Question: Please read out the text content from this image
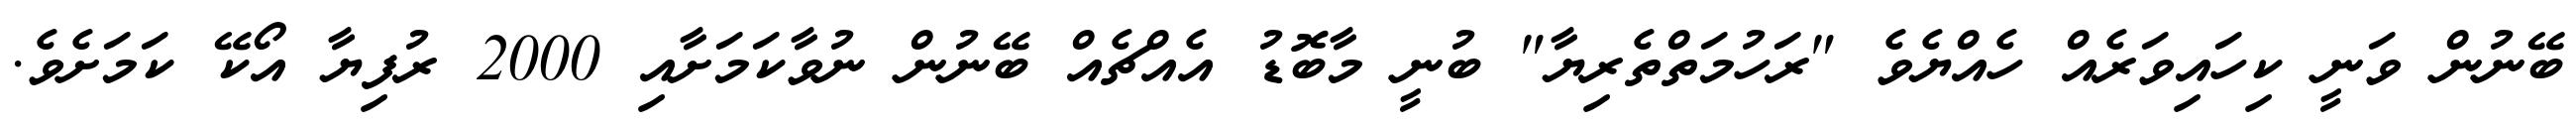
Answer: ބޭނުން ވަނީ ކިހައިވަރެއް ހެއްޔެވެ "ރަހުމަތްތެރިޔާ" ބުނީ މާބޮޑު އެއްޗެއް ބޭނުން ނުވާކަމަށާއި 2000 ރުފިޔާ އޯކޭ ކަމަށެވެ.